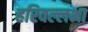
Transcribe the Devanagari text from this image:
हरिवल्लभा